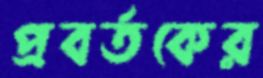
প্রবর্তকের